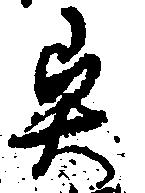
異